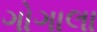
ગોગાલા